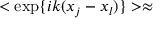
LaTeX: < \exp \{ i k ( x _ { j } - x _ { l } ) \} > \approx